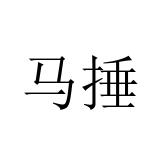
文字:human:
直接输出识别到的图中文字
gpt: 马捶